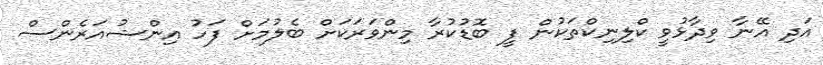
އަދި އޭނާ ވިދާޅުވީ ކްލިނިކްތަކުން ފީ ބޮޑުކުރާ މިންވަރަކަށް ބެލުމަށް ފަހު އިންޝުއަރެންސް